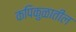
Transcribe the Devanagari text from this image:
कपिकुळातील